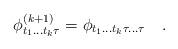
LaTeX: \begin{align*} \phi_{t_1 ... t_k \tau}^{(k+1)} = \phi_{t_1 ... t_k \tau ... \tau} \quad .\end{align*}